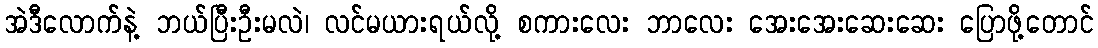
အဲဒီလောက်နဲ့ ဘယ်ပြီးဦးမလဲ၊ လင်မယားရယ်လို့ စကားလေး ဘာလေး အေးအေးဆေးဆေး ပြောဖို့တောင်